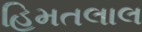
હિમતલાલ